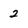
Character: 2